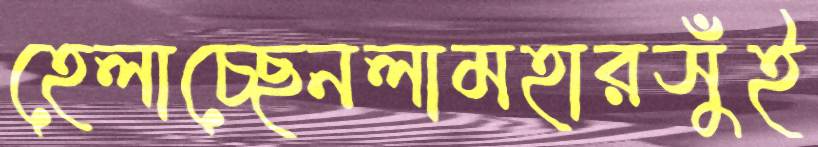
হেলাচ্ছেনলামহারসুঁই